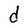
Character: d